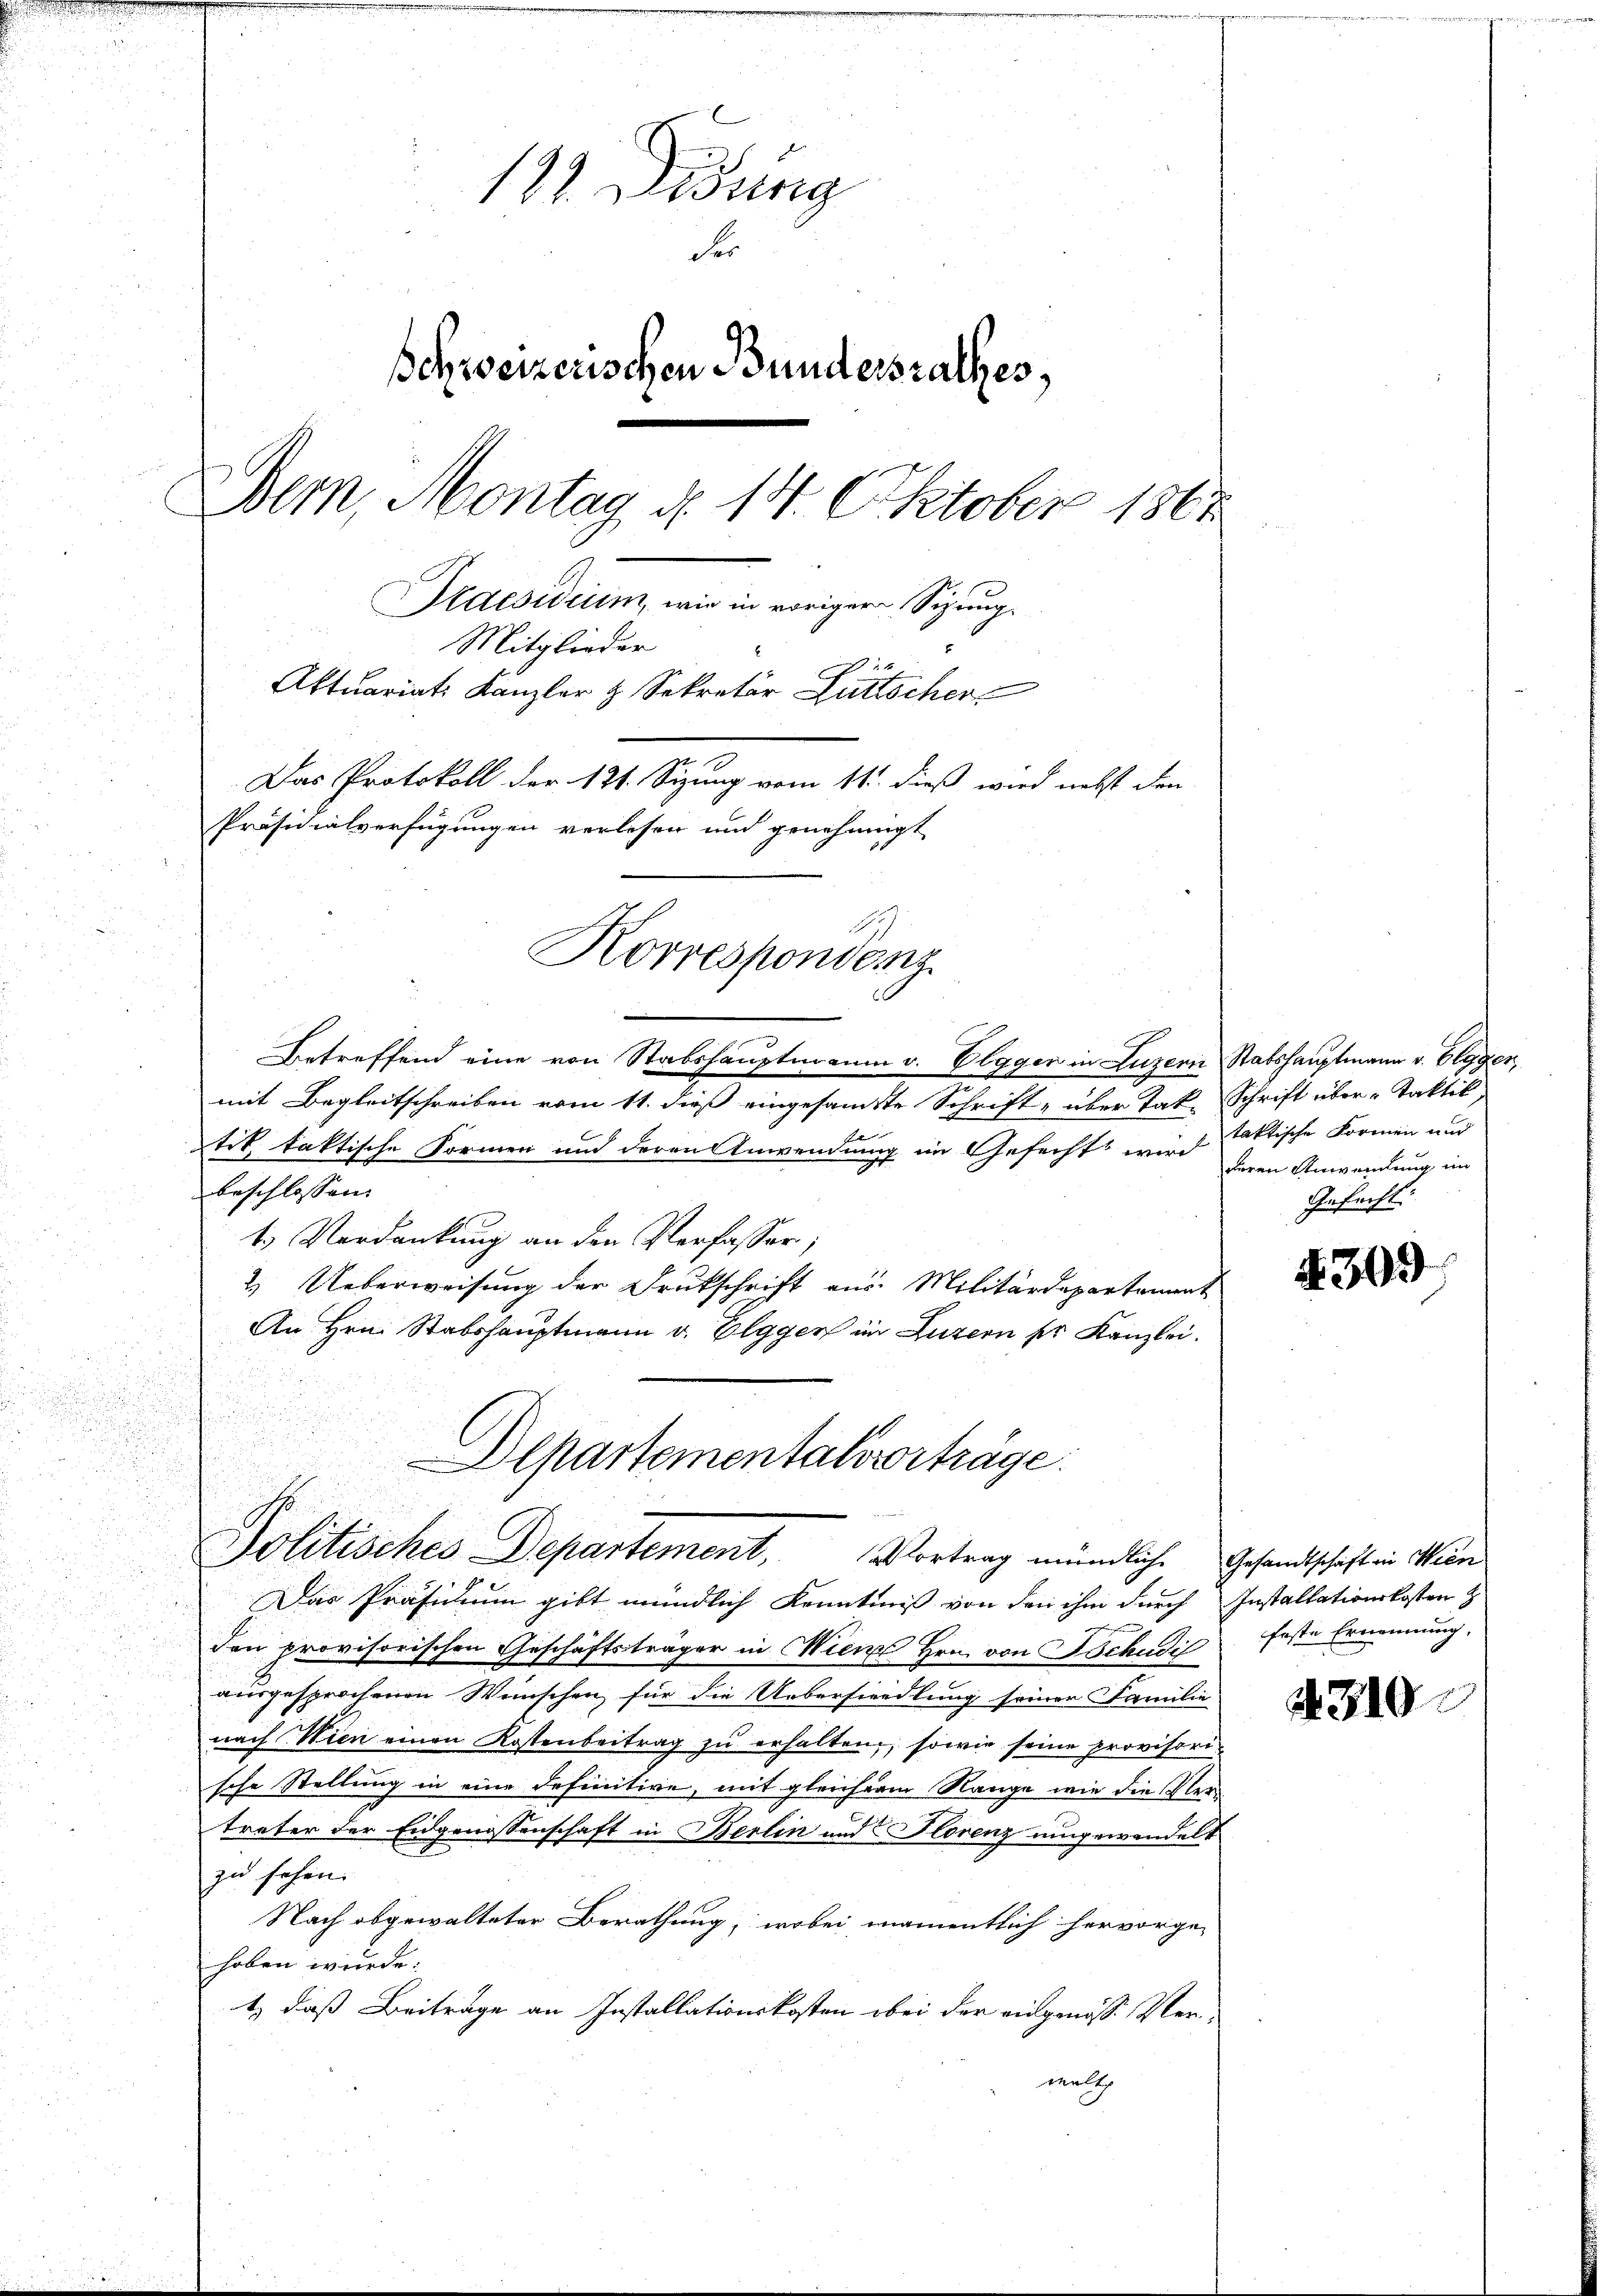
182. Disung
di
schweizerischen Bundersrathes,
Dern, Montag d. 14. Oktober 1861
Praesidium, wie in voriger Sitzung
Mitglieder
Aktuariats Kanzler & Sekretär Dürtscher
Das Protokoll der 121. Sizung vom 11. dieß wird nebst den
Präsidialverfügungen verlesen und genehmigt
Korrespondenz

Betreffend eine von Stabshauptmann v. Elggen in Luzern Stabshauptmann v. Olggen,
mit Begleitschreiben vom 11. dieß eingesamte Schrift, über Jak. Schrift über - Taktik,
tik taktische Formen und deren Anwendung im Gefechts wird erren Anwendung im
beschlossen:
1.) Verdankung an den Verfasser;
2.) Ueberweisung der Drukschrift aus Militärdepartement
An Hrn. Stabshauptmann v. Elggen im Luzern der Kanzlei.
Departementalsvorträge.

Das Präsidium gibt mündlich Kenntniß von den ihm durch Installationskosten &
wachsenen
den provisorischen Geschäftsträger in Wien Hrn. von Schudi
2
ausgesprochenen Wünschen für die Uebersiedlung seiner Familie
nach Wien einen Kostenbeitrag zu erhalten, sowie seine provisorische Stellung in eine definitive, mit gleichem Range wie die Verträter der Eidgenossenschaft in Berlin und Florenz umgewandelt
zu sehen.
Nach abgewalteter Berathung, wobei namentlich hervorgehoben wurde.
t, daß Beiträge an Installationskosten obei der eingenosse Verwalt

Politisches Departement, Vortrag mündliche Gesandtschaften Kan

taktische Formen und
Gefecht:

4309

feste Ernennung.

310.